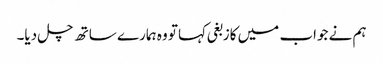
ہم نے جواب میں کازبغی کہا تو وہ ہمارے ساتھ چل دیا۔